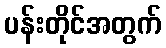
ပန်းတိုင်အတွက်